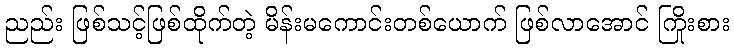
ညည်း ဖြစ်သင့်ဖြစ်ထိုက်တဲ့ မိန်းမကောင်းတစ်ယောက် ဖြစ်လာအောင် ကြိုးစား